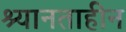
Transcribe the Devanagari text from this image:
श्यानताहीन